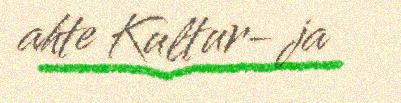
ahte Kultur- ja